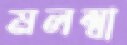
মলম্বা